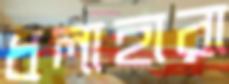
ধলাহারা